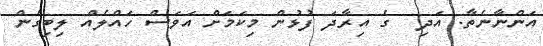
އަންނާނެތާ. އަދި  ގެ އިރާދަ ފުޅުން މިކަމަށް އަވަސް ހައްލެއް ލިބިގެން